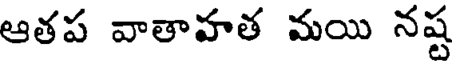
ఆతప వాతాహత మయి నష్ట